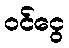
ဝင်ငွေ